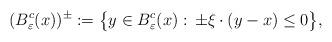
LaTeX: \begin{align*}(B^c_\varepsilon(x))^\pm:=\big\{y\in B_\varepsilon^c(x) : \, \pm \xi \cdot (y - x) \le 0\big\},\end{align*}